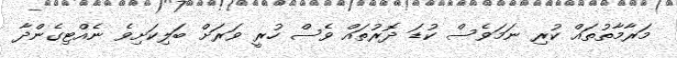
މަރާމާތުތައް ކުރި ނަމަވެސް ކުޑަ ދޮރުތައް ވެސް ހުރީ ވަރަށް ބަލިކަށިވެ ނެއްޓިގެންދާ